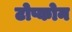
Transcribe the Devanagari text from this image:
टोप्कोन